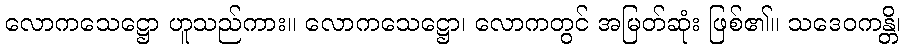
လောကသေဋ္ဌော ဟူသည်ကား။ လောကသေဋ္ဌော၊ လောကတွင် အမြတ်ဆုံး ဖြစ်၏။ သဒေဝကန္တိ၊